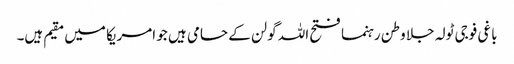
باغی فوجی ٹولہ جلا وطن رہنما فتح اللہ گولن کے حامی ہیں جو امریکا میں مقیم ہیں۔